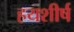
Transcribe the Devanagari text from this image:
हयशीर्ष